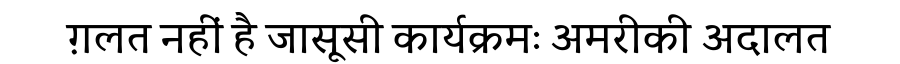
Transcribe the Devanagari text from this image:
ग़लत नहीं है जासूसी कार्यक्रमः अमरीकी अदालत